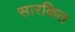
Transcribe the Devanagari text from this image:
सारकिल